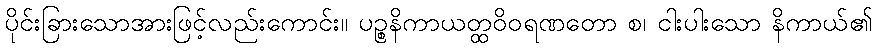
ပိုင်းခြားသောအားဖြင့်လည်းကောင်း။ ပဉ္စနိကာယတ္ထဝိဝရဏတော စ၊ ငါးပါးသော နိကာယ်၏